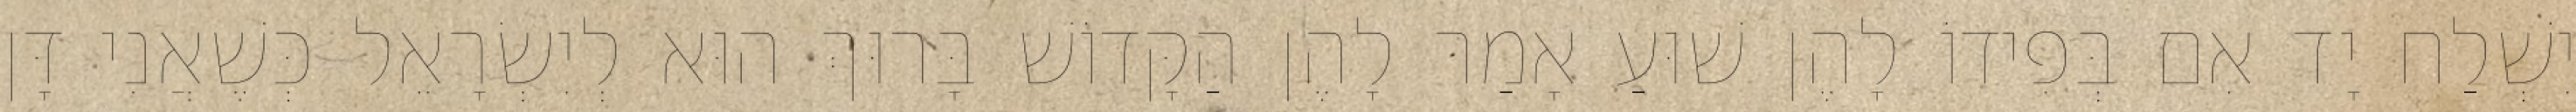
יִשְׁלַח יָד אִם בְּפִידוֹ לָהֶן שׁוּעַ אָמַר לָהֶן הַקָּדוֹשׁ בָּרוּךְ הוּא לְיִשְׂרָאֵל כְּשֶׁאֲנִי דָּן